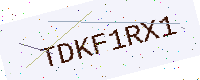
Text: TDKF1RX1